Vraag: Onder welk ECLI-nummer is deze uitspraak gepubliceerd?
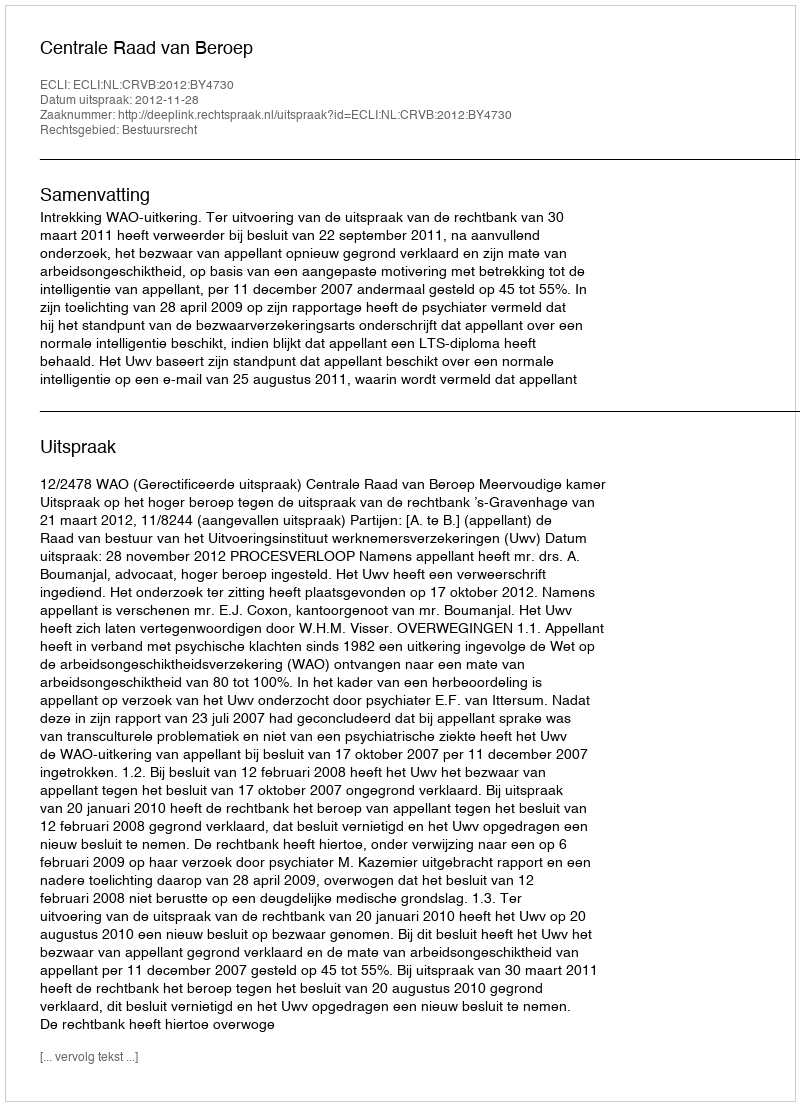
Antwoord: ECLI:NL:CRVB:2012:BY4730